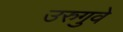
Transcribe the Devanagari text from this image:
उरुगुवे